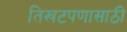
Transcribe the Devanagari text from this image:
तिखटपणासाठी